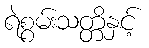
ရဲစွမ်းသတ္တိနှင့်